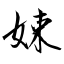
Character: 娕